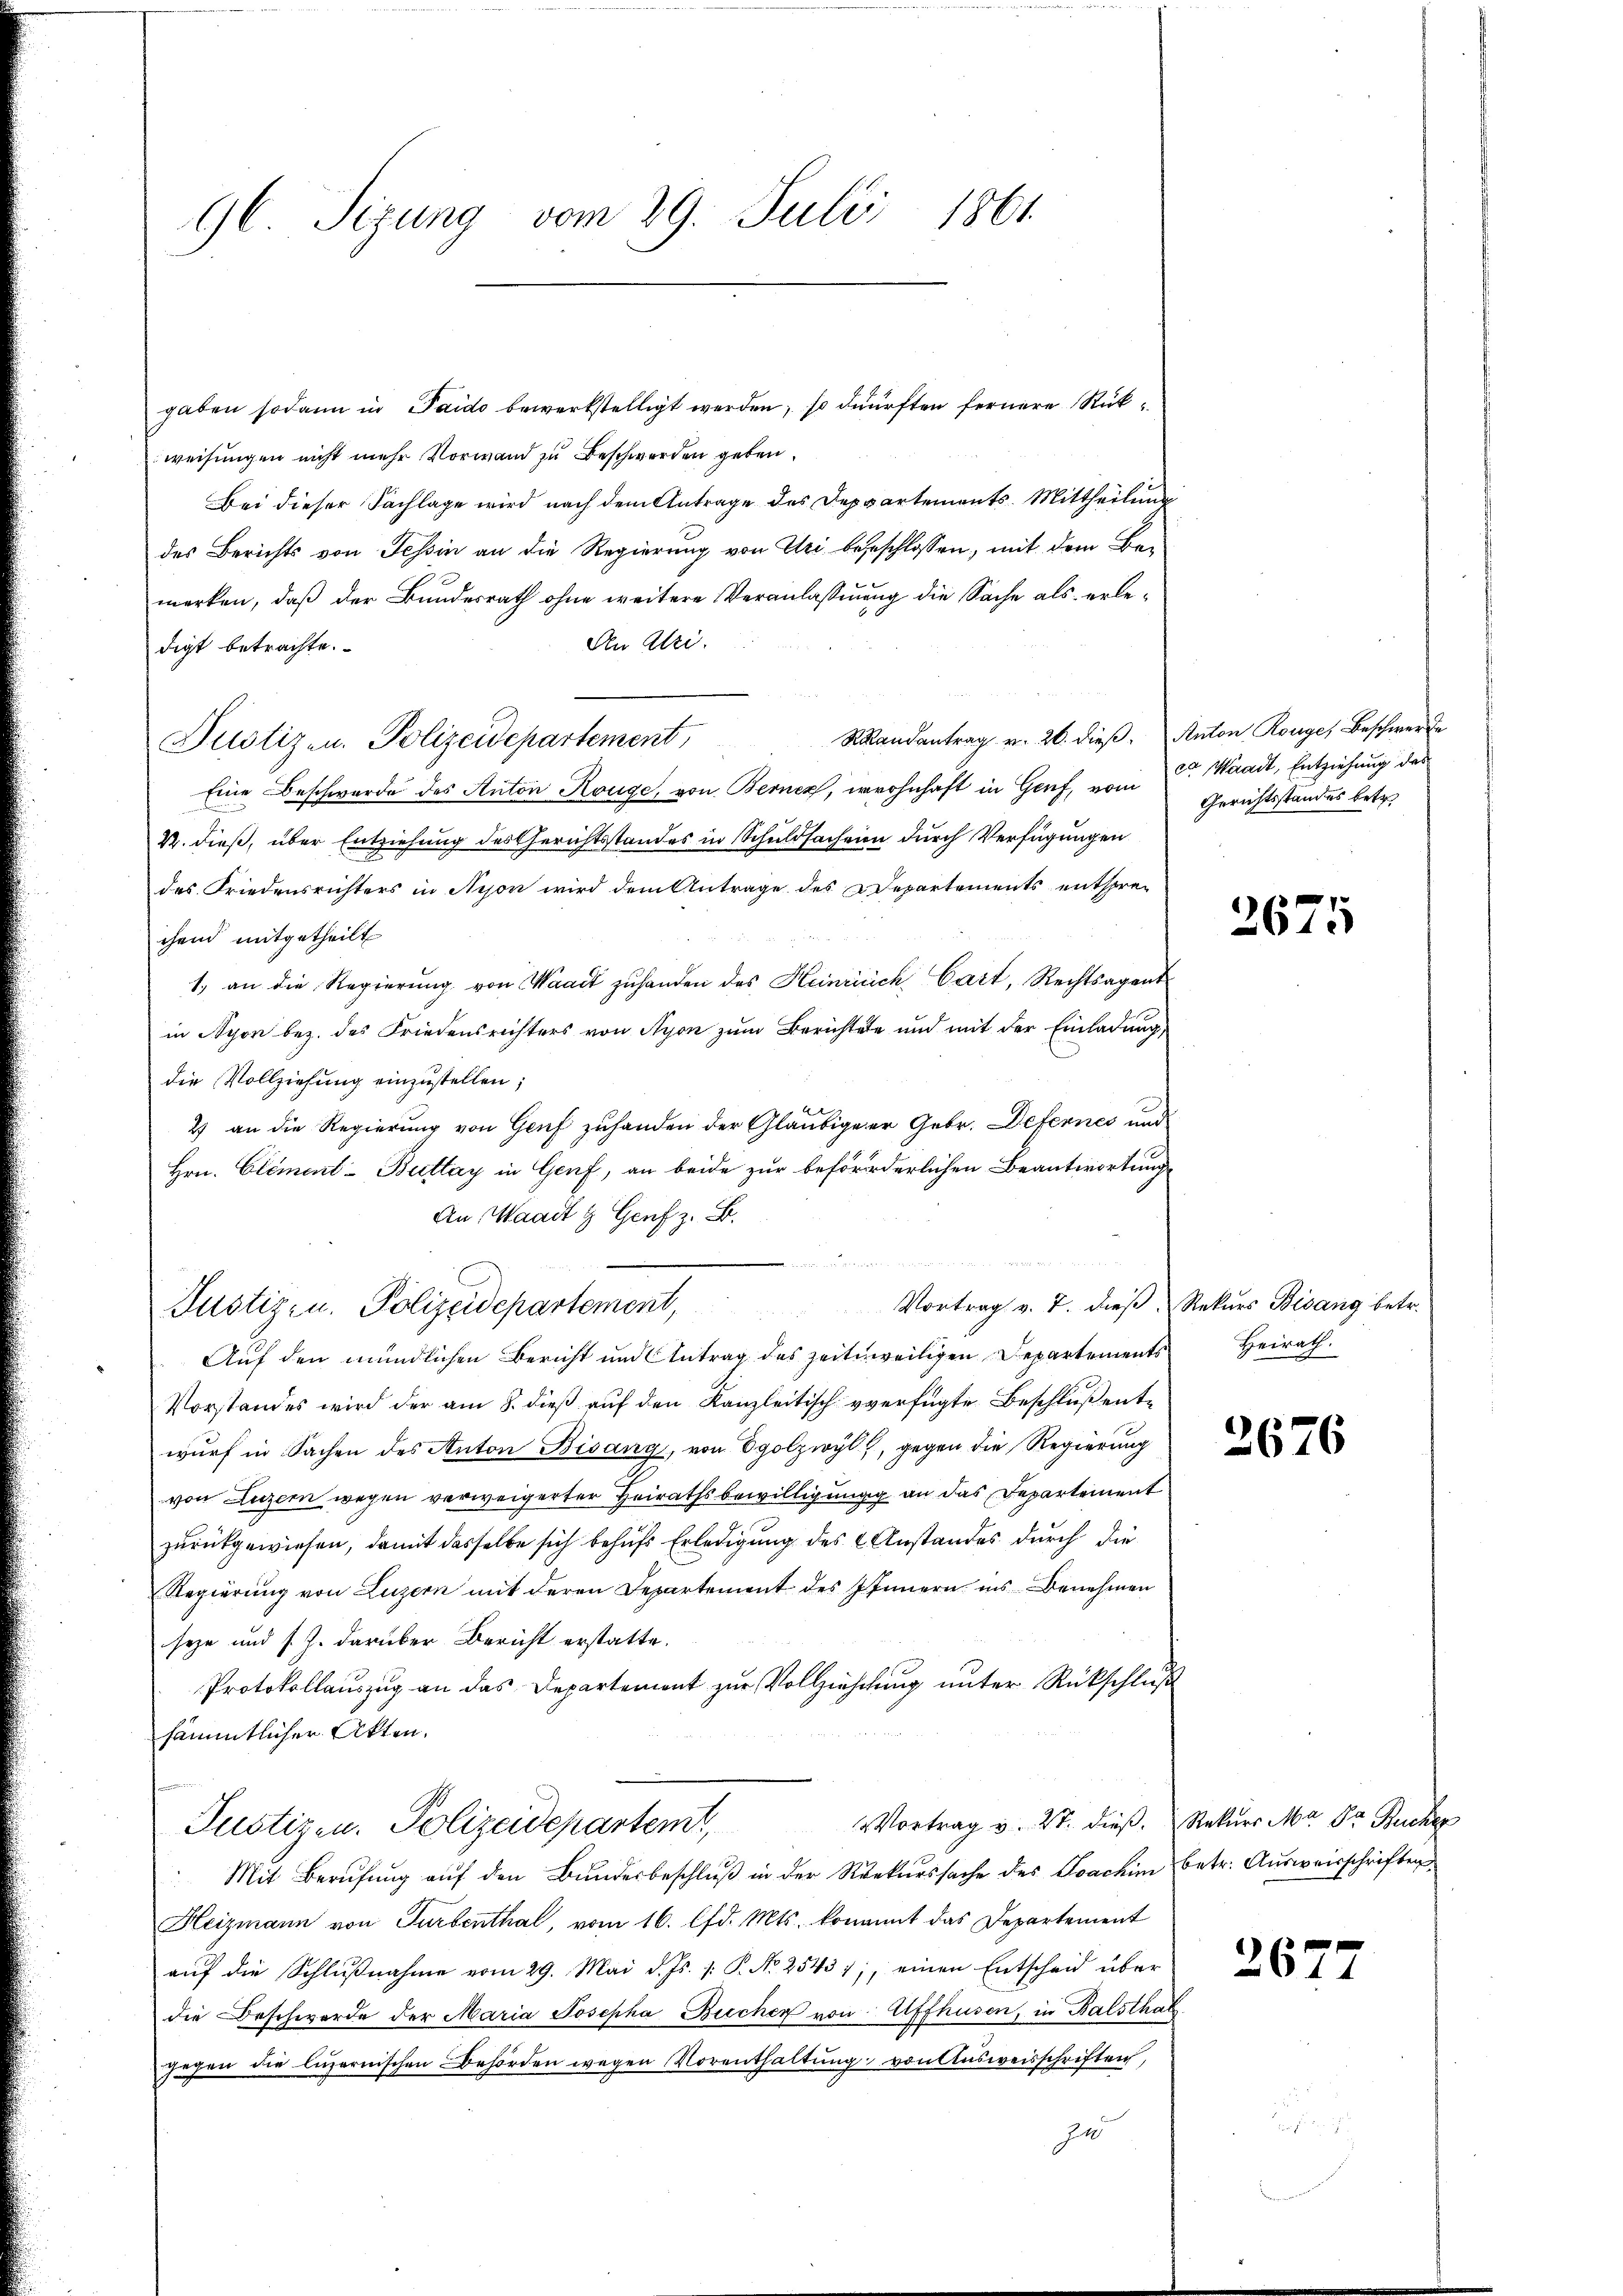
96 Sizung vom 29. Juli 1861.

gaben sodann in Paido bewerkstelligt werden, so dürften fernere Rükweisungen nicht mehr Vorwand zu Beschwerden geben.
Bei dieser Sachlage wird nach dem Antrage des Deppartements-Mittheilung
des Berichts von Tessin an die Regierung von Uri begeschlossen, mit dem Bemerken, daß der Bundesrath ohne weitere Veranlassung die Sache als erle¬
An Atri.
digt betrachte.
Pustizen. Polizeidepartement,
Eine Beschwerde des Anton Rouge, von Berner, wohnhaft in Genf, vom C. Waadt, Entziehung des
Dr. dieß, über Entziehung des Gerichtsstandes in Schuldsachen durch Verfügungen
des Friedensrichters in Nyon wird dem Antrage des Departements entsprechend mitgetheilt
1. an die Regierŭng von Waadt zŭ handen des Heinrich Cart, Rechtsagent
in Nyon bez. des Friedensrichters von Nyon zum Berichtete und mit der Einladung,
die Vollziehung einzustellen;
2) an die Regierung von Genf zuhanden der Gläubige er Gebr. Defernes und
Hrn. Clement-Buttay in Genf, an beide zur beförderlichen Beantwortung
An Waadt & Genf z. B.
Berts and
Vortrag v. 7. dieβ Rekurs Bisang betr.
Justiz- u. Polizeidepartement,
Auf den mündlichen Bericht und Antrag des zeitweiligen Departements
Vorstandes wird der am 8. dieß auf den Kanzleitisch verfügte Beschluß entwurf in Sachen des Anton Bisang, von Egolzwyl, gegen die Regierung
von Luzern wegen verweigerter Heirathsbewilligung an das Departement
zurückgewiesen, damit dasselbe sich behufs Erledigung des Anstandes durch die
Regierung von Luzern mit deren Departement des Innern ins Benehmen
seyn und s. Z. darüber Bericht erstatte.
Protokollauszug an das Departement zur Vollziehung unter Rückschluß
sämmtlicher Akten.
VVortrag v. 27. dieβ. Rekurs Ma Dr. Rucker
Justizen. Polizeidepartemt,
Mit Berufung aŭf den Bŭndesbeschlŭβ in der Rekurssache des Joachim betr. Ausweisschriften
Heizmann von Turbenthal, vom 16. lfd. Mts. kommt das Departement
aŭf die Schlŭβnahme vom 29. Mai d. Js. v. P. Nr. 2543 7, einen Entscheid über
die Beschwerde der Maria Josepha Bucher von Affhusen, in Balsthal
gegen die luzernischen Behörden wegen Vorenthaltung von Ausweisschriften,
4

Randantrag v. 26. dieß. Anton Rouge, Beschwerde
Gerichtsstandes betr.

2671

Heirath.

2676

2677